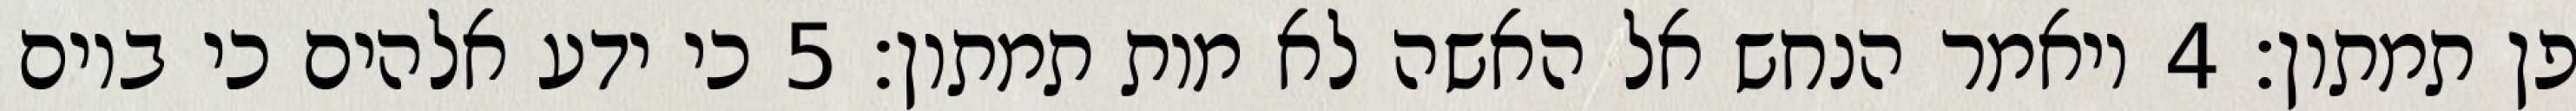
פן תמתון׃ ‎4‏ ויאמר הנחש אל האשה לא מות תמתון׃ ‎5‏ כי ידע אלהים כי ביום